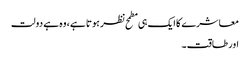
معاشرے کا ایک ہی مطمح نظر ہوتا ہے، وہ ہے دولت
اور طاقت۔